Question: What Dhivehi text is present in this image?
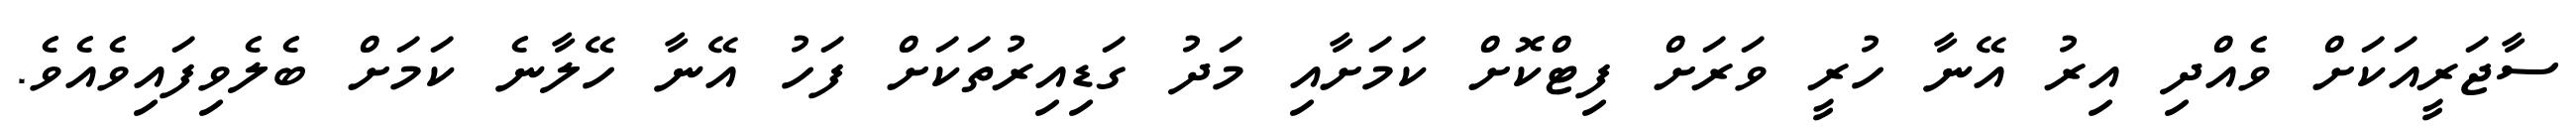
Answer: ސާޖަރީއަކަށް ވެއްދި އިރު އޭނާ ހުރީ ވަރަށް ފިޓްކޮށް ކަމަށާއި މަދު ގަޑިއިރުތަކަށް ފަހު އޭނާ ހޭލާނެ ކަމަށް ބެލެވިފައިވެއެވެ.